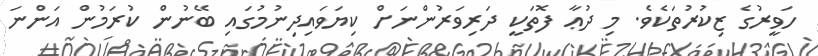
ހަވީރުގެ ޒިކުރުތަކެވެ. މި ދުޢާ ފޮތަކީ ދަރިވަރުންނަށް ކިޔަވައިދިނުމުގައި ބޭނުން ކުރަމުން އަންނަ